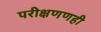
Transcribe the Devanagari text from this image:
परीक्षणणही